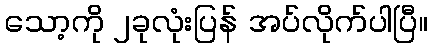
သော့ကို ၂ခုလုံးပြန် အပ်လိုက်ပါပြီ။